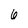
Character: 6